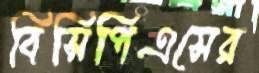
বিসিপিএসের